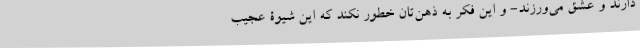
دارند و عشق می‌ورزند- و این فکر به ذهن‌تان خطور نکند که این شیوۀ عجیب